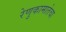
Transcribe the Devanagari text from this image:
रेणुकामातेचा